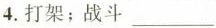
4.打架；战斗___